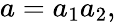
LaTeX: a=a_{1}a_{2},